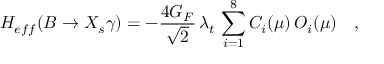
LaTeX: H _ { e f f } ( B \to X _ { s } \gamma ) = - \frac { 4 G _ { F } } { \sqrt { 2 } } \, \lambda _ { t } \, \sum _ { i = 1 } ^ { 8 } C _ { i } ( \mu ) \, { \cal O } _ { i } ( \mu ) \quad ,